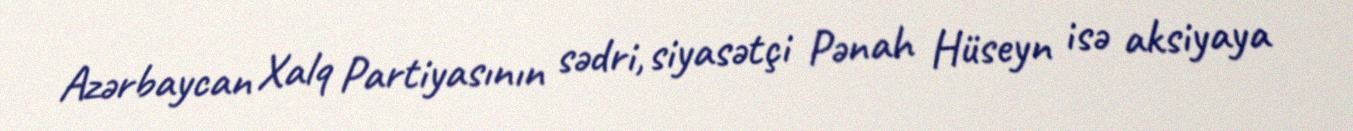
Azərbaycan Xalq Partiyasının sədri, siyasətçi Pənah Hüseyn isə aksiyaya